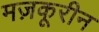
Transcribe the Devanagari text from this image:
मज़कूरीन